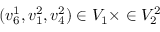
( v _ { 6 } ^ { 1 } , v _ { 1 } ^ { 2 } , v _ { 4 } ^ { 2 } ) \in V _ { 1 } \times \in V _ { 2 } ^ { 2 }